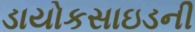
ડાયોકસાઇડની